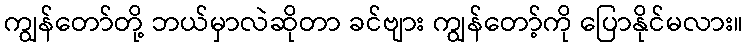
ကျွန်တော်တို့ ဘယ်မှာလဲဆိုတာ ခင်ဗျား ကျွန်တော့်ကို ပြောနိုင်မလား။